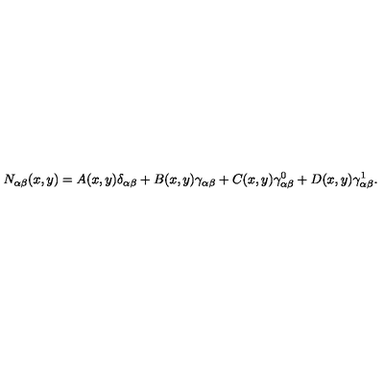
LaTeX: N _ { \alpha \beta } ( x , y ) = A ( x , y ) \delta _ { \alpha \beta } + B ( x , y ) \gamma _ { \alpha \beta } + C ( x , y ) \gamma _ { \alpha \beta } ^ { 0 } + D ( x , y ) \gamma _ { \alpha \beta } ^ { 1 } .